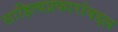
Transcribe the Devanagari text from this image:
साहित्यप्रकारांबद्दल